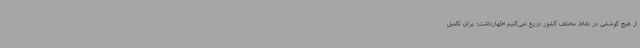
از هیچ کوششی در نقاط مختلف کشور دریغ نمی‌کنیم اظهارداشت: برای تکمیل